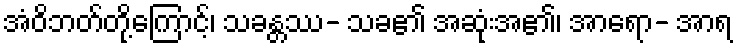
အံဝိဘတ်တို့ကြောင့်၊ သခန္တဿ- သခ၏ အဆုံးအ၏၊ အာရော- အာရ